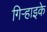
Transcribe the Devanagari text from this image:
गिर्‍हाइके